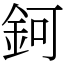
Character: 鈳